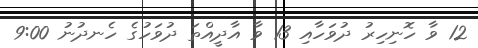
12 ވާ ހޮނިހިރު ދުވަހާއި 13 ވާ އާދީއްތަ ދުވަހުގެ ހެނދުނު 9:00